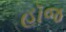
હૉજ